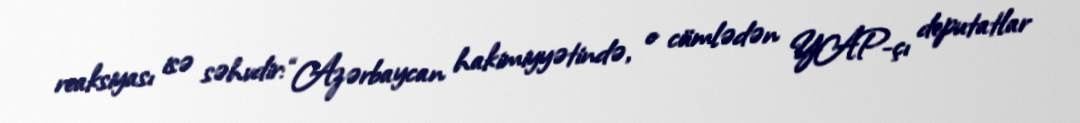
reaksiyası isə səhvdir: “Azərbaycan hakimiyyətində, o cümlədən YAP-çı deputatlar